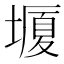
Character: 𡐯